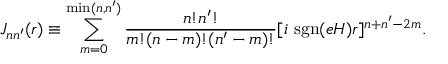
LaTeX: J _ { n n ^ { \prime } } ( r ) \equiv \sum _ { m = 0 } ^ { \mathrm { m i n } ( n , n ^ { \prime } ) } \frac { n ! n ^ { \prime } ! } { m ! ( n - m ) ! ( n ^ { \prime } - m ) ! } [ i ~ \mathrm { s g n } ( e H ) r ] ^ { n + n ^ { \prime } - 2 m } .